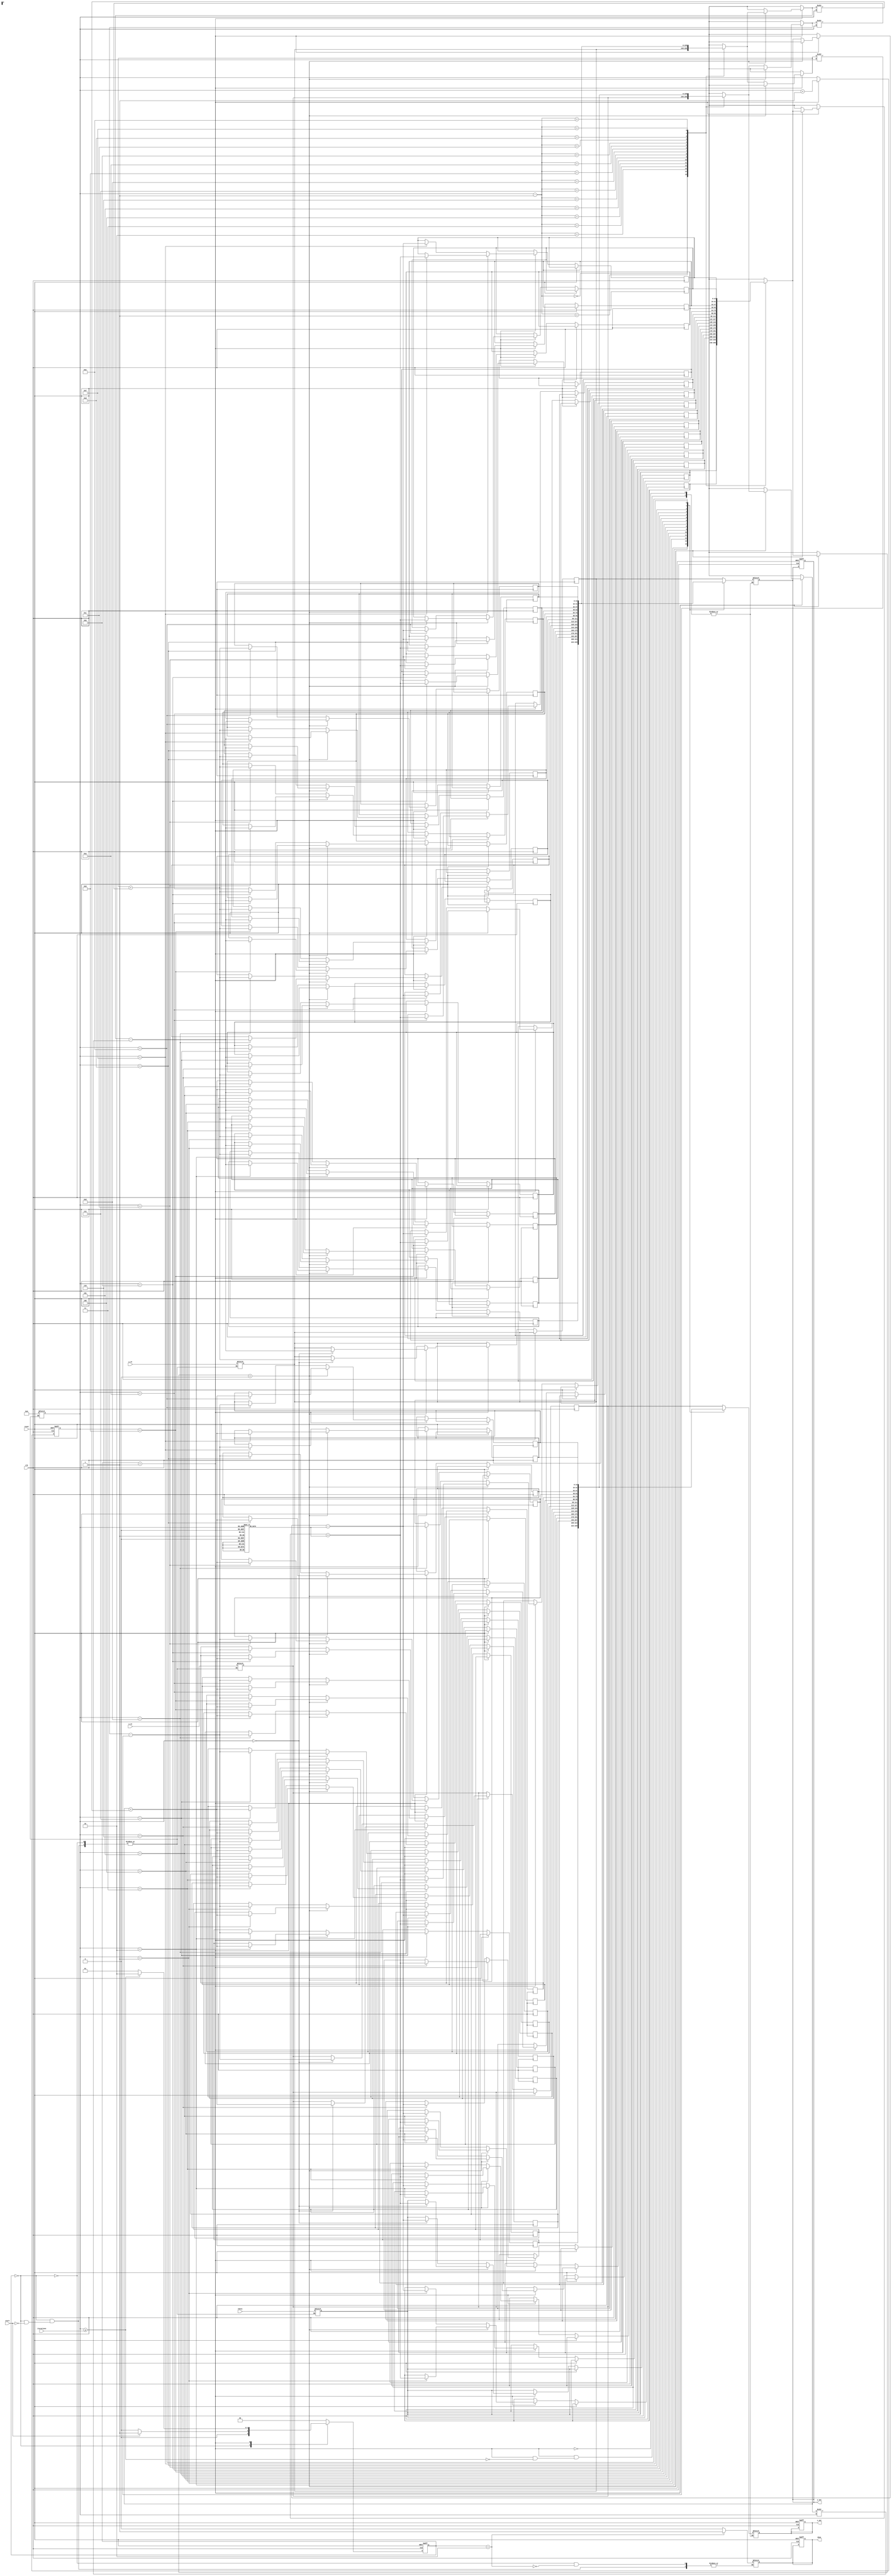
module cordic (
    input wire clk,
    input wire reset,
    input wire start,
    input wire signed [15:0] theta, // Angle input in radians (fixed-point representation)
    input wire signed [15:0] x_in,   // Initial x coordinate
    input wire signed [15:0] y_in,   // Initial y coordinate
    input wire [3:0] iterations,     // Number of iterations for precision control
    output reg signed [15:0] x_out,  // Final x output (cosine)
    output reg signed [15:0] y_out,  // Final y output (sine)
    output reg done                  // Done signal
);

    // CORDIC parameters
    parameter NUM_ITERATIONS = 16; // Total number of iterations for CORDIC
    reg signed [15:0] x [0:NUM_ITERATIONS-1]; // x values for iterations
    reg signed [15:0] y [0:NUM_ITERATIONS-1]; // y values for iterations
    reg signed [15:0] z [0:NUM_ITERATIONS-1]; // angle values for iterations
    reg [3:0] count; // Iteration counter
    reg signed [15:0] k; // Scaling factor

    // Precomputed arctangent values (LUT)
    reg signed [15:0] atan_table [0:NUM_ITERATIONS-1];
    initial begin
        atan_table[0] = 16'h3243; // atan(2^0) = 0.7854 (in fixed-point)
        atan_table[1] = 16'h1DAC; // atan(2^-1)
        atan_table[2] = 16'h1B7D; // atan(2^-2)
        atan_table[3] = 16'h1C73; // atan(2^-3)
        // Fill in the rest of the LUT values...
    end

    // FSM states
    parameter IDLE = 2'b00, RUN = 2'b01, DONE = 2'b10;
    reg [1:0] state, next_state;

    // Initialize scaling factor
    initial begin
        k = 16'hB5C0; // Scaling factor for CORDIC
    end

    // State transition
    always @(posedge clk or posedge reset) begin
        if (reset) begin
            state <= IDLE;
            count <= 0;
            done <= 0;
            x_out <= 0;
            y_out <= 0;
        end else begin
            state <= next_state;
            if (state == RUN) begin
                count <= count + 1;
                x[count] <= x[count - 1];
                y[count] <= y[count - 1];

                // CORDIC rotation logic
                if (z[count - 1] < 0) begin
                    // Rotation counter-clockwise
                    x[count] <= x[count - 1] + (y[count - 1] >>> count);
                    y[count] <= y[count - 1] - (x[count - 1] >>> count);
                    z[count] <= z[count - 1] + atan_table[count];
                end else begin
                    // Rotation clockwise
                    x[count] <= x[count - 1] - (y[count - 1] >>> count);
                    y[count] <= y[count - 1] + (x[count - 1] >>> count);
                    z[count] <= z[count - 1] - atan_table[count];
                end
            end
        end
    end

    // Control logic
    always @(*) begin
        case (state)
            IDLE: begin
                if (start) begin
                    next_state = RUN;
                    count = 0;
                    x[0] = x_in;
                    y[0] = y_in;
                    z[0] = theta;
                    done = 0;
                end else begin
                    next_state = IDLE;
                end
            end
            RUN: begin
                if (count >= iterations) begin
                    next_state = DONE;
                    x_out = x[count];
                    y_out = y[count];
                end else begin
                    next_state = RUN;
                end
            end
            DONE: begin
                done = 1;
                next_state = IDLE; // Reset to IDLE after completion
            end
            default: next_state = IDLE;
        endcase
    end

endmodule